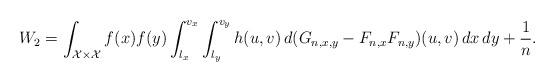
LaTeX: \begin{align*}W_2 = \int_{\mathcal{X} \times \mathcal{X}} f(x)f(y) \int_{l_x}^{v_x} \int_{l_y}^{v_y} h(u,v) \,d(G_{n,x,y} - F_{n,x}F_{n,y})(u,v) \, dx \, dy + \frac{1}{n}.\end{align*}